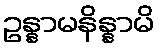
ဥန္နာမနိန္နာမိ